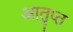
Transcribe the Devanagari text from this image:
आतृप्त